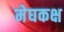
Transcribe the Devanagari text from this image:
मेघकक्ष